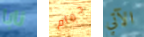
نابا حمام الآتي